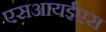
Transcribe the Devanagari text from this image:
एसआयईएस